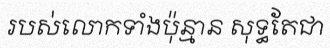
របស់លោកទាំងប៉ុន្មាន សុទ្ធតែជា